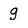
Character: g